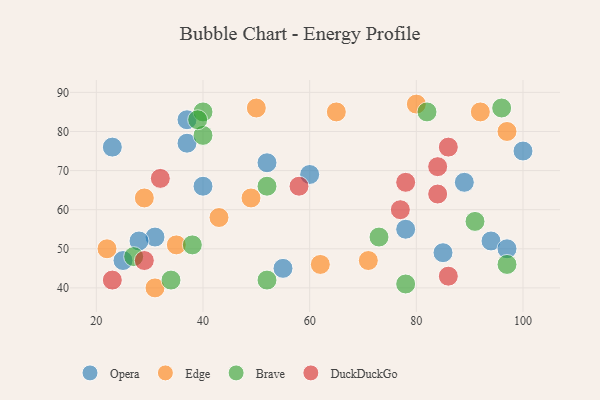
{"axis": {"x": "GDP", "y": "Life Expectancy"}, "legend": ["Brave", "DuckDuckGo", "Edge", "Opera"], "data": [{"x": "89", "y": 67, "type": "Opera"}, {"x": "31", "y": 53, "type": "Opera"}, {"x": "37", "y": 77, "type": "Opera"}, {"x": "23", "y": 76, "type": "Opera"}, {"x": "37", "y": 83, "type": "Opera"}, {"x": "52", "y": 72, "type": "Opera"}, {"x": "94", "y": 52, "type": "Opera"}, {"x": "28", "y": 52, "type": "Opera"}, {"x": "55", "y": 45, "type": "Opera"}, {"x": "60", "y": 69, "type": "Opera"}, {"x": "100", "y": 75, "type": "Opera"}, {"x": "97", "y": 50, "type": "Opera"}, {"x": "40", "y": 66, "type": "Opera"}, {"x": "85", "y": 49, "type": "Opera"}, {"x": "78", "y": 55, "type": "Opera"}, {"x": "25", "y": 47, "type": "Opera"}, {"x": "29", "y": 63, "type": "Edge"}, {"x": "35", "y": 51, "type": "Edge"}, {"x": "50", "y": 86, "type": "Edge"}, {"x": "43", "y": 58, "type": "Edge"}, {"x": "65", "y": 85, "type": "Edge"}, {"x": "22", "y": 50, "type": "Edge"}, {"x": "97", "y": 80, "type": "Edge"}, {"x": "62", "y": 46, "type": "Edge"}, {"x": "92", "y": 85, "type": "Edge"}, {"x": "80", "y": 87, "type": "Edge"}, {"x": "31", "y": 40, "type": "Edge"}, {"x": "49", "y": 63, "type": "Edge"}, {"x": "71", "y": 47, "type": "Edge"}, {"x": "73", "y": 53, "type": "Brave"}, {"x": "97", "y": 46, "type": "Brave"}, {"x": "34", "y": 42, "type": "Brave"}, {"x": "38", "y": 51, "type": "Brave"}, {"x": "40", "y": 79, "type": "Brave"}, {"x": "27", "y": 48, "type": "Brave"}, {"x": "96", "y": 86, "type": "Brave"}, {"x": "40", "y": 85, "type": "Brave"}, {"x": "82", "y": 85, "type": "Brave"}, {"x": "39", "y": 83, "type": "Brave"}, {"x": "91", "y": 57, "type": "Brave"}, {"x": "52", "y": 66, "type": "Brave"}, {"x": "78", "y": 41, "type": "Brave"}, {"x": "52", "y": 42, "type": "Brave"}, {"x": "78", "y": 67, "type": "DuckDuckGo"}, {"x": "29", "y": 47, "type": "DuckDuckGo"}, {"x": "58", "y": 66, "type": "DuckDuckGo"}, {"x": "86", "y": 43, "type": "DuckDuckGo"}, {"x": "84", "y": 71, "type": "DuckDuckGo"}, {"x": "32", "y": 68, "type": "DuckDuckGo"}, {"x": "86", "y": 76, "type": "DuckDuckGo"}, {"x": "23", "y": 42, "type": "DuckDuckGo"}, {"x": "77", "y": 60, "type": "DuckDuckGo"}, {"x": "84", "y": 64, "type": "DuckDuckGo"}]}